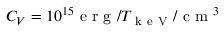
C _ { V } = 1 0 ^ { 1 5 } \mathrm { ~ e ~ r ~ g ~ } / T _ { \mathrm { ~ k ~ e ~ V ~ } } / \mathrm { ~ c ~ m ~ } ^ { 3 }